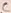
Text: C